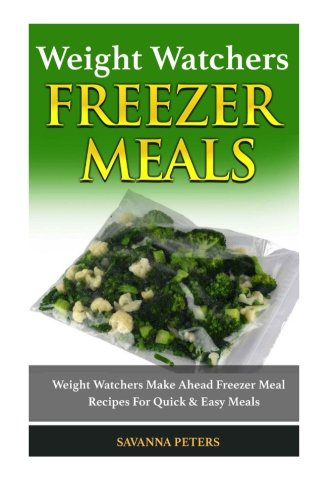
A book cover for Weight Watchers Cookbook: Weight Watchers Make Ahead Freezer Meal Recipes For Quick Easy Meals; Savanna Peters; Health, Fitness & Dieting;